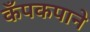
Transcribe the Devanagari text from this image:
कँपकपाने